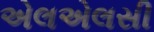
એલએલસી